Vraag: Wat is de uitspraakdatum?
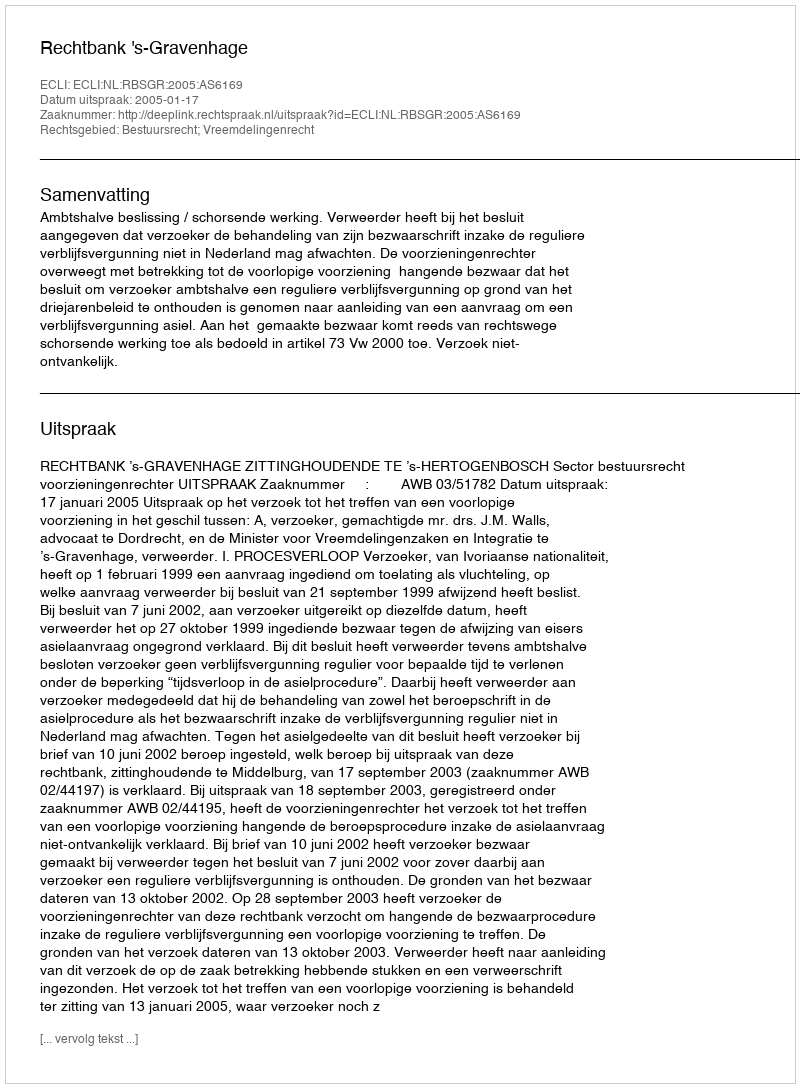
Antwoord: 2005-01-17